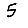
Digit: 5